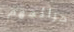
جرائمهم